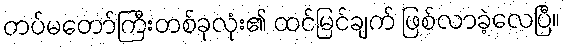
တပ်မတော်ကြီးတစ်ခုလုံး၏ ထင်မြင်ချက် ဖြစ်လာခဲ့လေပြီ။